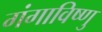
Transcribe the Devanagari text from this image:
गंगाविष्णु